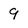
Character: 9